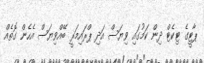
ޕާޓީގެ ޓިކެޓް ދިން ކަމުގައި ވިޔަސް އަދި ޕްރައިމަރީ ބޭއްވިޔަސް އެހެން ގޮތެއް